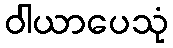
ဝါယာပေသုံ